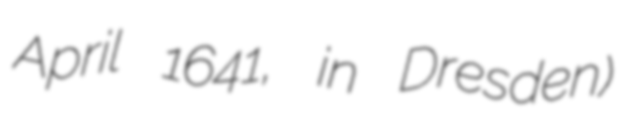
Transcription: April 1641, in Dresden)